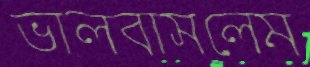
ভালবাসলেম